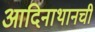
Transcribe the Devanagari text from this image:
आदिनाथानची